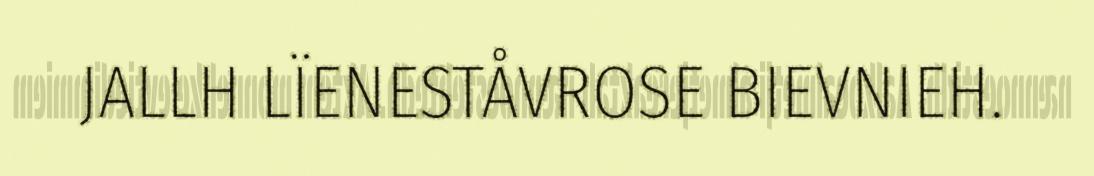
JALLH LÏENESTÅVROSE BIEVNIEH.